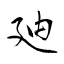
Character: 廸